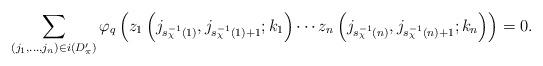
LaTeX: \begin{align*}\sum_{(j_1, \ldots, j_n) \in i(D'_\pi)} \varphi_q\left(z_1\left(j_{s^{-1}_\chi(1)}, j_{s^{-1}_\chi(1) + 1}; k_1\right) \cdots z_n\left(j_{s^{-1}_\chi(n)}, j_{s^{-1}_\chi(n) + 1}; k_n\right) \right) = 0.\end{align*}